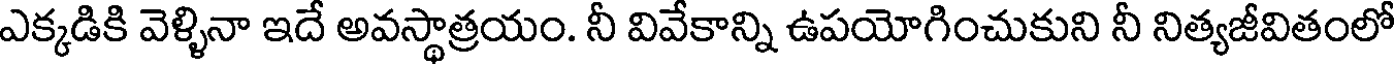
ఎక్కడికి వెళ్ళినా ఇదే అవస్థాత్రయం. నీ వివేకాన్ని ఉపయోగించుకుని నీ నిత్యజీవితంలో